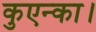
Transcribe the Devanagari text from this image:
कुएन्का।